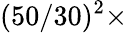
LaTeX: (50/30)^{2}\times